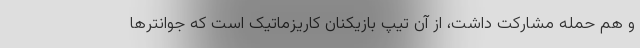
و هم حمله مشارکت داشت، از آن تیپ بازیکنان کاریزماتیک است که جوانترها